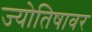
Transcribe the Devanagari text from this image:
ज्योतिषावर